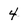
Character: 4